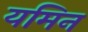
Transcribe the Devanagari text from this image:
यमिन